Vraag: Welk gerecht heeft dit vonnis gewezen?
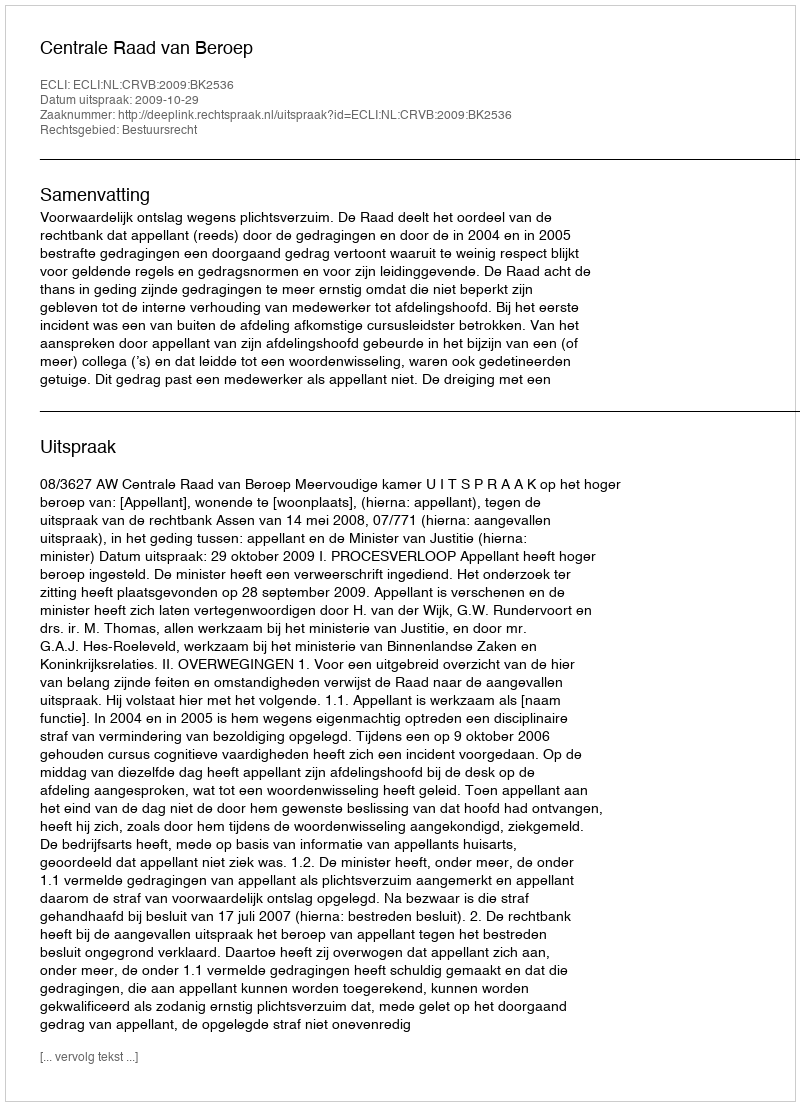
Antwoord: Centrale Raad van Beroep